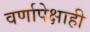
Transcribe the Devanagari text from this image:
वर्णापेक्षाही